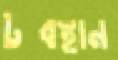
টবস্থান